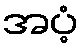
အပံ့